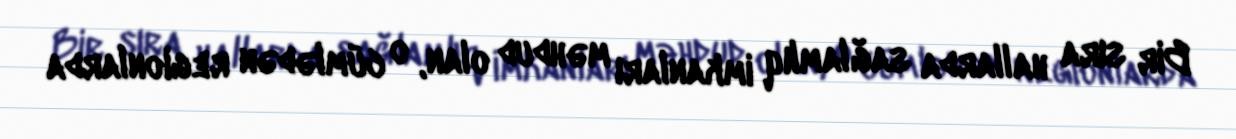
Bir sıra hallarda sağlamlıq imkanları məhdud olan, o cümlədən regionlarda